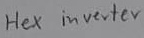
Text: Hex inverter